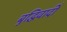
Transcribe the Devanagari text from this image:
बुद्धिवादीं